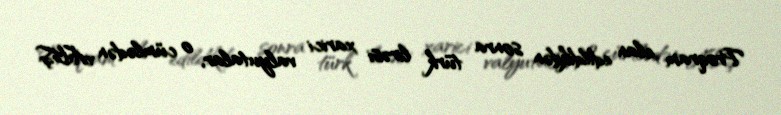
Proqram elan edildikdən sonra türk lirəsi xarici valyutalar, o cümlədən ABŞ